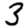
Digit: 3